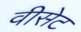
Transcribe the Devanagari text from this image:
वीसेट